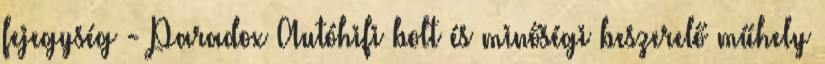
fejegység - Paradox Autóhifi bolt és minőségi beszerelő műhely